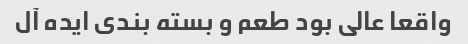
واقعا عالی بود طعم و بسته بندی ایده آل